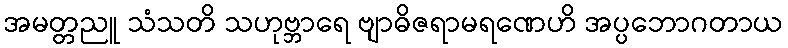
အမတ္တညူ သံသတိ သဟုဗ္ဘာရေ ဗျာဓိဇရာမရဏေဟိ အပ္ပဘောဂတာယ